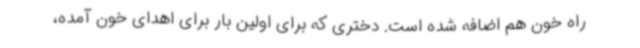
راه خون هم اضافه شده است. دختری که برای اولین بار برای اهدای خون آمده،